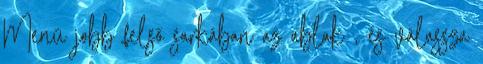
Menü jobb felső sarkában az ablak , és válassza